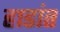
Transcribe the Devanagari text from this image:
हाडांत